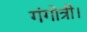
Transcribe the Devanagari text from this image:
गंगोत्री।